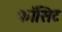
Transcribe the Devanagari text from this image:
फॉसिट